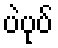
ပဲပုပ်